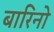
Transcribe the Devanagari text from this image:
बारिनो